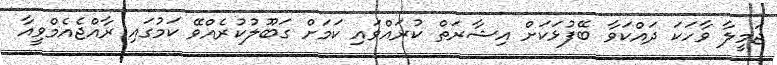
ޖަމީލާ ވާހަކަ ދައްކަވާ ބޭފުޅަކަށް އިޝާރަތް ކުރައްވައި ކަމަށް ގަބޫލުކުރެއްވޭ ކަމުގައި ރާއްޖެއެމްވީއާ